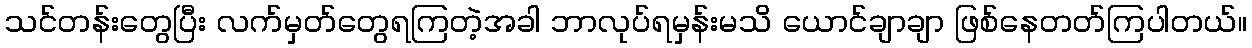
သင်တန်းတွေပြီး လက်မှတ်တွေရကြတဲ့အခါ ဘာလုပ်ရမှန်းမသိ ယောင်ချာချာ ဖြစ်နေတတ်ကြပါတယ်။